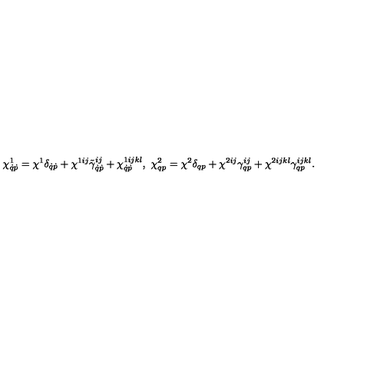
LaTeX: \chi _ { \dot { q } \dot { p } } ^ { 1 } = \chi ^ { 1 } \delta _ { \dot { q } \dot { p } } + \chi ^ { 1 i j } \tilde { \gamma } _ { \dot { q } \dot { p } } ^ { i j } + \chi _ { \dot { q } \dot { p } } ^ { 1 i j k l } , \ \chi _ { q p } ^ { 2 } = \chi ^ { 2 } \delta _ { q p } + \chi ^ { 2 i j } \gamma _ { q p } ^ { i j } + \chi ^ { 2 i j k l } \gamma _ { q p } ^ { i j k l } .